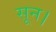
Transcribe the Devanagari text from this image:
सून।